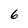
Character: 6